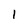
Character: 1